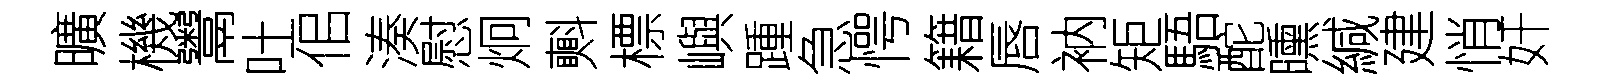
曠機鬻吐佀湊慰炯㪺標嶼踵急愕籍唇衲矩䮏酡曛緘建悄奸